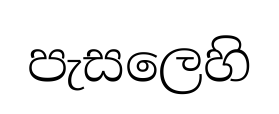
පැසලෙහි